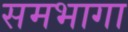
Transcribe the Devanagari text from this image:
समभागा